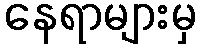
နေရာများမှ